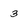
Character: 3